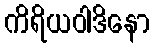
ကိရိယဝါဒိနော